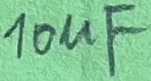
Text: 10µF